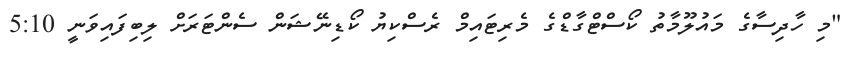
"މި ހާދިސާގެ މައުލޫމާތު ކޯސްޓްގާޑްގެ މެރިޓައިމް ރެސްކިޔު ކޯޑިނޭޝަން ސެންޓަރަށް ލިބިފައިވަނީ 5:10